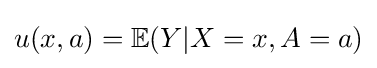
u(x,a)=\mathbb {E} (Y|X=x,A=a)